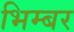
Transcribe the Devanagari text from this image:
भिम्बर